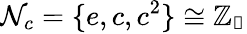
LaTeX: \mathcal{N}_{c}=\{ e,c,c^{2}\} \cong\mathbb{Z_{3}}